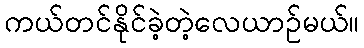
ကယ်တင်နိုင်ခဲ့တဲ့လေယာဉ်မယ်။